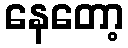
နေတော့